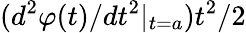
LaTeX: (d^{2}\varphi(t)/dt^{2}|_{t=a})t^{2}/2